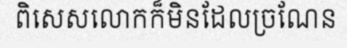
ពិសេសលោកក៏មិនដែលច្រណែន